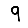
Digit: 9